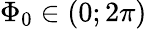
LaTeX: \Phi_{0}\in(0;2\pi)